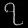
Digit: ၇